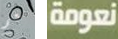
نعم نعومة